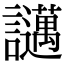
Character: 𧮇